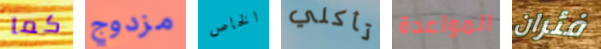
كما مزدوج الخاص تأكلي المواعدة فئران